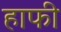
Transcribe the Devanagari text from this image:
हाफी